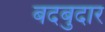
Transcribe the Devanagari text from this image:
बदबुदार